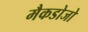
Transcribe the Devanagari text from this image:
मैकडोजो